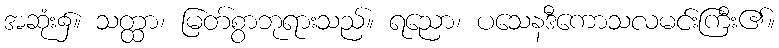
အဆုံး၌။ သတ္ထာ၊ မြတ်စွာဘုရားသည်။ ရညော၊ ပသေနဒီကောသလမင်းကြီး၏။